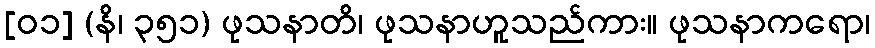
[၀၁] (နိ၊ ၃၅၁) ဖုသနာတိ၊ ဖုသနာဟူသည်ကား။ ဖုသနာကရော၊